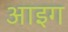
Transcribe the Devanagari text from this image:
आइग